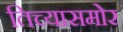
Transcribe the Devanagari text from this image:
तिच्यासमोर